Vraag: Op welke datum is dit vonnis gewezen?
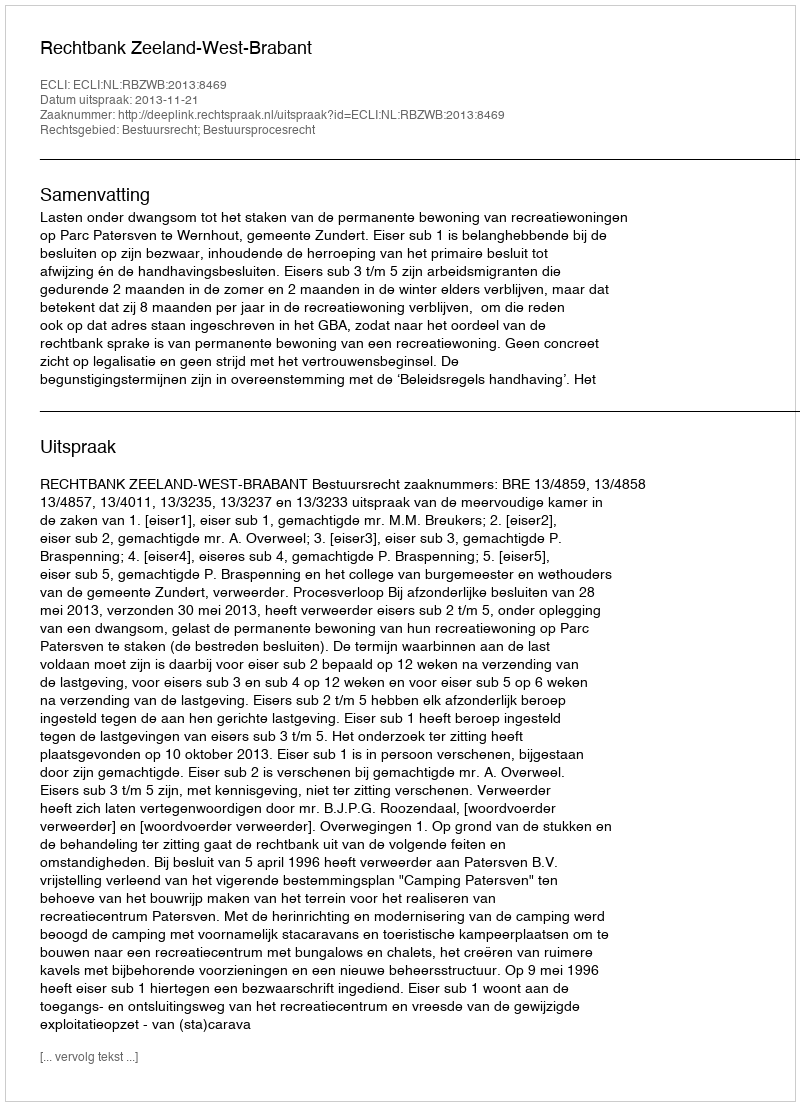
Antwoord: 2013-11-21